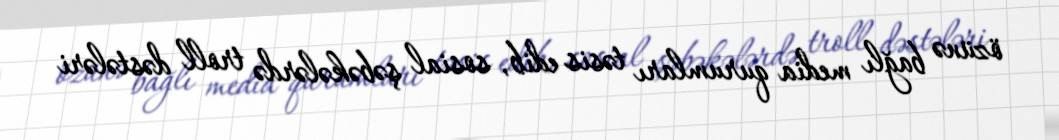
özünə bağlı media qurumları təsis edib, sosial şəbəkələrdə troll dəstələri